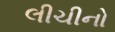
લીચીનો